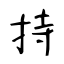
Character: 持